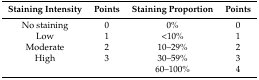
<table><thead><tr><td><b>Staining Intensity</b></td><td><b>Points</b></td><td><b>Staining Proportion</b></td><td><b>Points</b></td></tr></thead><tbody><tr><td>No staining</td><td>0</td><td>0%</td><td>0</td></tr><tr><td>Low</td><td>1</td><td>&lt;10%</td><td>1</td></tr><tr><td>Moderate</td><td>2</td><td>10–29%</td><td>2</td></tr><tr><td>High</td><td>3</td><td>30–59%</td><td>3</td></tr><tr><td>[EMPTY_CELL]</td><td>[EMPTY_CELL]</td><td>60–100%</td><td>4</td></tr></tbody></table>